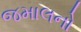
જમાલનો